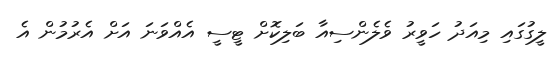
ލީގުގައި މިއަދު ހަވީރު ވެލެންސިއާ ބަލިކޮށް ޓީސީ އެއްވަނަ އަށް އެރުމުން އެ